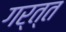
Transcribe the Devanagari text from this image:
गर्त्त